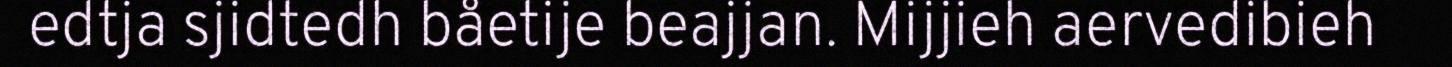
edtja sjidtedh båetije beajjan. Mijjieh aervedibieh